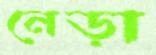
নেড়া